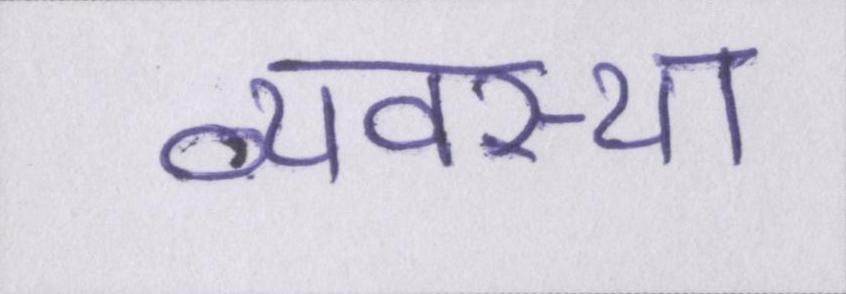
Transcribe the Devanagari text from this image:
व्यवस्था